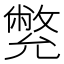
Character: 𠒳